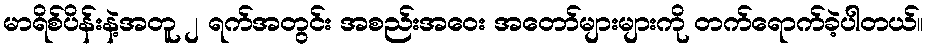
မာရိစ်ပိန်းနဲ့အတူ ၂ ရက်အတွင်း အစည်းအဝေး အတော်များများကို တက်ရောက်ခဲ့ပါတယ်။